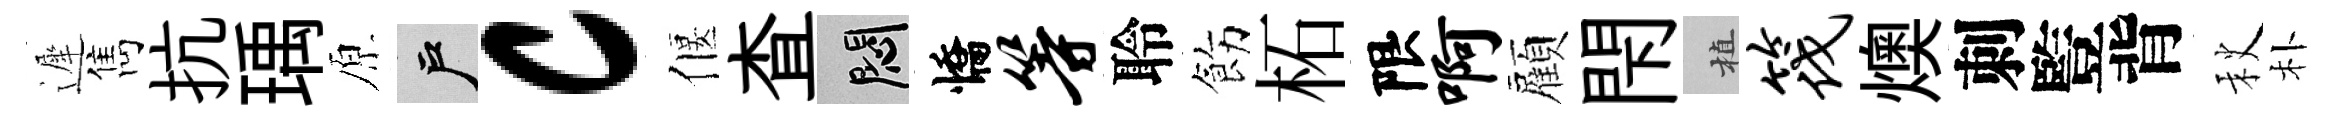
遲雋抗瑀原户c偃查悶憍等聆飭柘限啊顏閇植筏燠刺䜿背秋朴